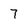
Character: 7